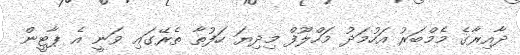
ދާއިރާގެ މެމްބަރު އަހުމަދު މަހްލޫފް މިދިޔަ ހަފުތާ ތެރޭގައި ވަނީ އެ ޕާޓީން